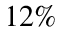
1 2 \%